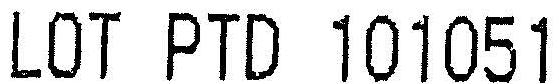
LOT PTD 101051